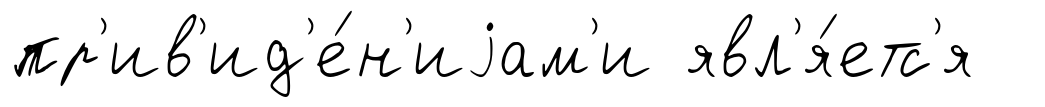
пр'ив'ид'е́н'иjам'и явл'я́етс'я